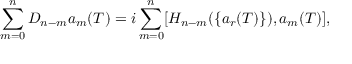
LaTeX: \sum _ { m = 0 } ^ { n } D _ { n - m } a _ { m } ( T ) = i \sum _ { m = 0 } ^ { n } [ H _ { n - m } ( \{ a _ { r } ( T ) \} ) , a _ { m } ( T ) ] ,